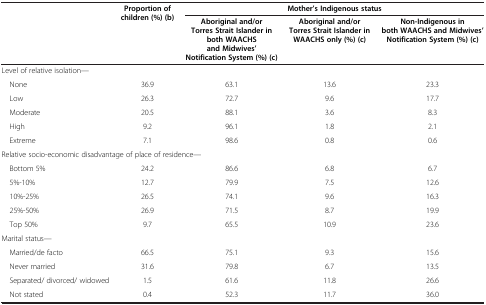
| <ROWSPAN=2>  | <ROWSPAN=2> Proportion of children (%) (b) | <COLSPAN=3> Mother’s Indigenous status |
 | Aboriginal and/or Torres Strait Islander in both WAACHS and Midwives’ Notification System (%) (c) | Aboriginal and/or Torres Strait Islander in WAACHS only (%) (c) | Non-Indigenous in both WAACHS and Midwives’ Notification System (%) (c) |
 | --- | --- | --- | --- | --- |
 | <COLSPAN=5> Level of relative isolation— |
 | None | 36.9 | 63.1 | 13.6 | 23.3 |
 | Low | 26.3 | 72.7 | 9.6 | 17.7 |
 | Moderate | 20.5 | 88.1 | 3.6 | 8.3 |
 | High | 9.2 | 96.1 | 1.8 | 2.1 |
 | Extreme | 7.1 | 98.6 | 0.8 | 0.6 |
 | <COLSPAN=5> Relative socio-economic disadvantage of place of residence— |
 | Bottom 5% | 24.2 | 86.6 | 6.8 | 6.7 |
 | 5%-10% | 12.7 | 79.9 | 7.5 | 12.6 |
 | 10%-25% | 26.5 | 74.1 | 9.6 | 16.3 |
 | 25%-50% | 26.9 | 71.5 | 8.7 | 19.9 |
 | Top 50% | 9.7 | 65.5 | 10.9 | 23.6 |
 | <COLSPAN=5> Marital status— |
 | Married/de facto | 66.5 | 75.1 | 9.3 | 15.6 |
 | Never married | 31.6 | 79.8 | 6.7 | 13.5 |
 | Separated/ divorced/ widowed | 1.5 | 61.6 | 11.8 | 26.6 |
 | Not stated | 0.4 | 52.3 | 11.7 | 36.0 |